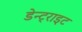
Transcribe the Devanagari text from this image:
डेन्ट्राइट